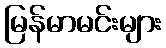
မြန်မာမင်းများ